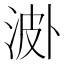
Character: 𣵝